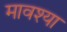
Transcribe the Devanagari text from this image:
मावश्या